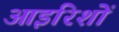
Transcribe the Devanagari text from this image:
आइरिशों